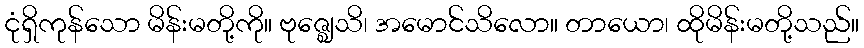
ငုံရှိကုန်သော မိန်းမတို့ကို။ ဗုဇ္ဈေသိ၊ အမောင်သိလော။ တာယော၊ ထိုမိန်းမတို့သည်။